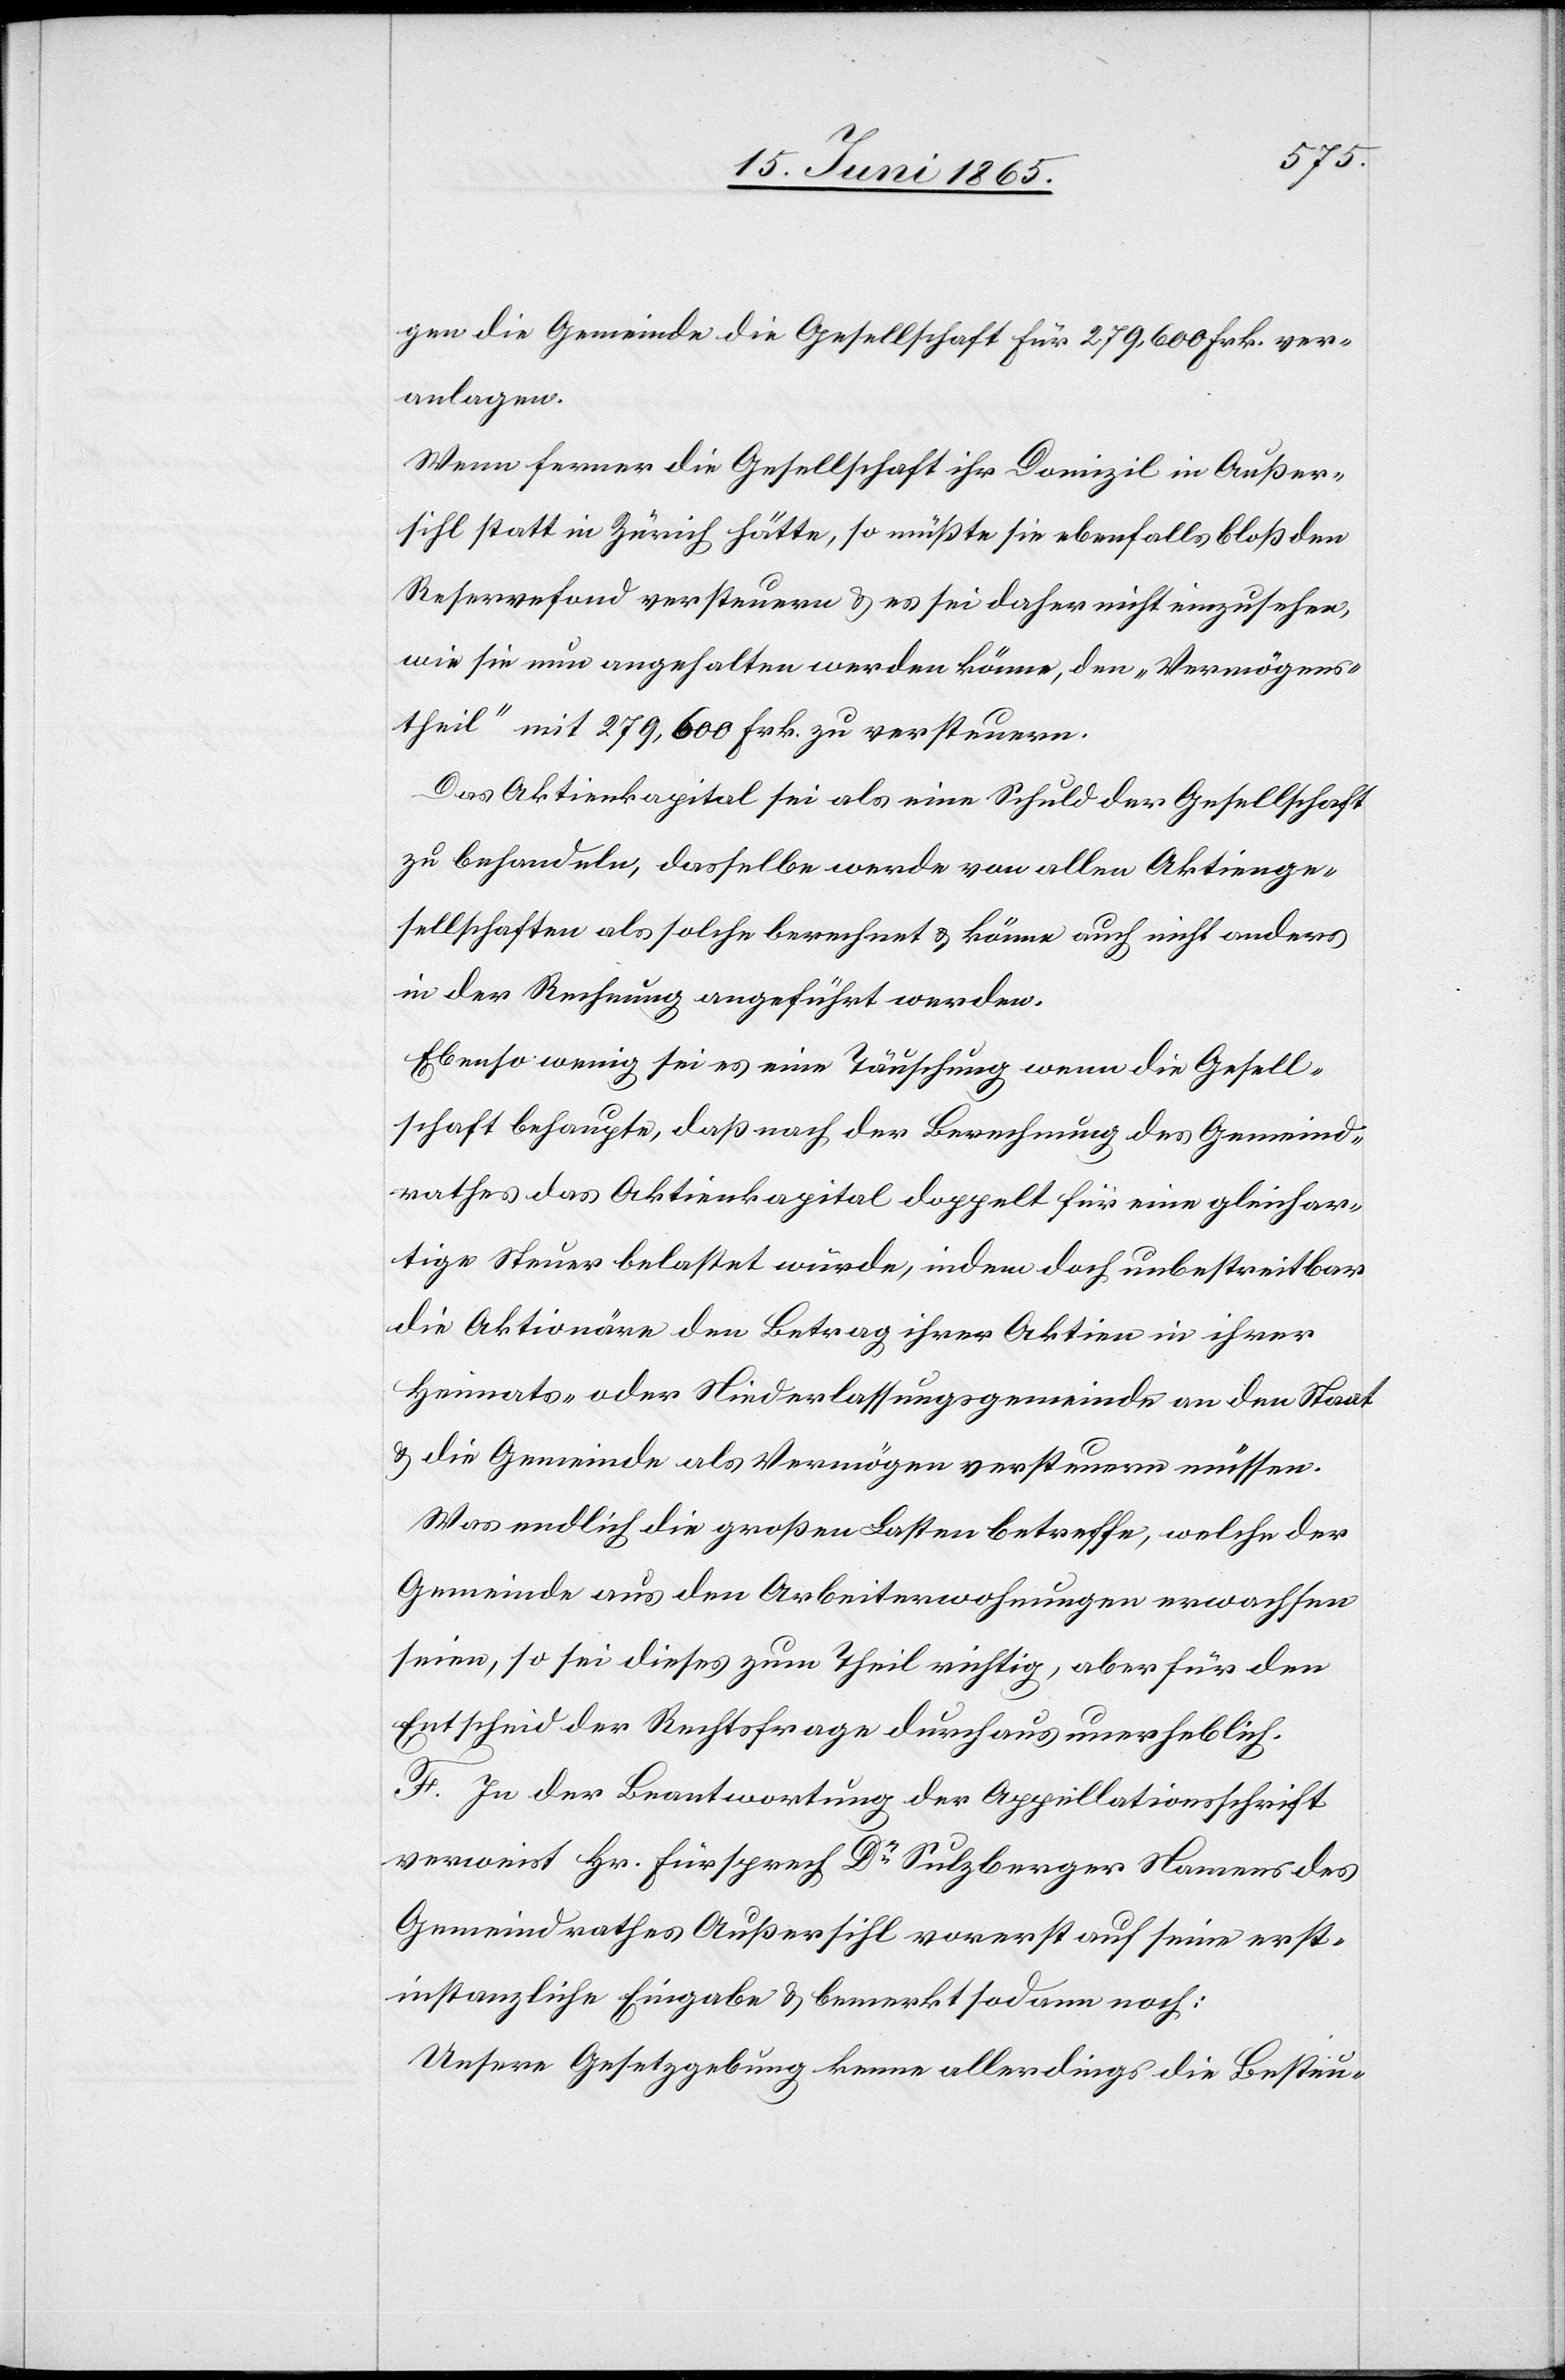
gen die Gemeinde die Gesellschaft für 279,600 Frk. ver¬
anlagen.
Wenn ferner die Gesellschaft ihr Domizil in Außer¬
sihl statt in Zürich hätte, so müßte sie ebenfalls bloß den
Reservefond versteuern & es sei daher nicht einzusehen,
wie sie nun angehalten werden könne, den „Vermögens¬
theil“ mit 279,600 Frk. zu versteuern.
Das Aktienkapital sei als eine Schuld der Gesellschaft
zu behandeln, dasselbe werde von allen Aktienge¬
sellschaften als solche berechnet & könne auch nicht anders
in der Rechnung angeführt werden.
Ebenso wenig sei es eine Täuschung wenn die Gesell¬
schaft behaupte, daß nach der Berechnung des Gemeind¬
rathes das Aktienkapital doppelt für eine gleichar¬
tige Steuer belastet würde, indem doch unbestreitbar
die Aktionäre den Betrag ihrer Aktien in ihrer
Heimats- oder Niederlassungsgemeinde an den Staat
& die Gemeinde als Vermögen versteuern müssen.
Was endlich die großen Lasten betreffe, welche der
Gemeinde aus den Arbeiterwohnungen erwachsen
seien, so sei dieses zum Theil richtig, aber für den
Entscheid der Rechtsfrage durchaus unerheblich.
F. In der Beantwortung der Appellationsschrift
verweist Hr. Fürsprech Dr Sulzberger Namens des
Gemeindrathes Außersihl vorerst auf seine erst¬
instanzliche Eingabe & bemerkt sodann noch:
Unsere Gesetzgebung kenne allerdings die Besteu-